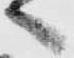
へ